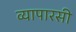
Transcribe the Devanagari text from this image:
व्यापारसी